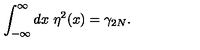
\int _ { - \infty } ^ { \infty } d x \ \eta ^ { 2 } ( x ) = \gamma _ { 2 N } .